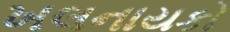
ખલનાયકો